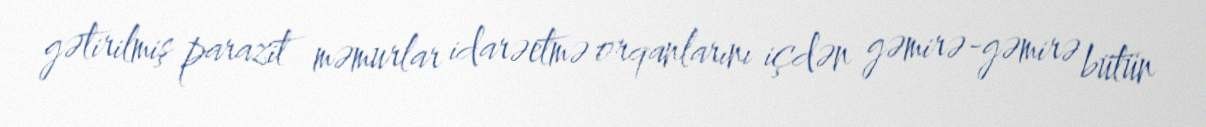
gətirilmiş parazit məmurlar idarəetmə orqanlarını içdən gəmirə-gəmirə bütün